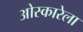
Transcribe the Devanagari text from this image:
ओस्कारेला